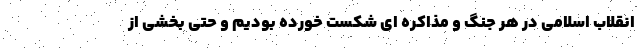
انقلاب اسلامی در هر جنگ و مذاکره ای شکست خورده بودیم و حتی بخشی از